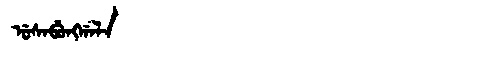
Manchu: ᡠᠰᠠᠪᡠᠩᡤᠠᠯᠠ
Romanization: USABUNGGALA